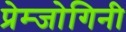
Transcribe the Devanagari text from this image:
प्रेम्जोगिनी